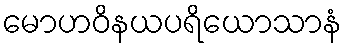
မောဟဝိနယပရိယောသာနံ